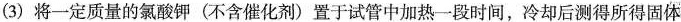
(3)将一定质量的氯酸钾(不含催化剂)置于试管中加热一段时间，冷却后测得所得固体